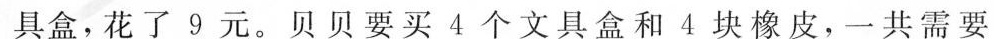
具盒，花了9元。贝贝要买4个文具盒和4块橡皮，一共需要